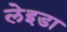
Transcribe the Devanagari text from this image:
लेइडा